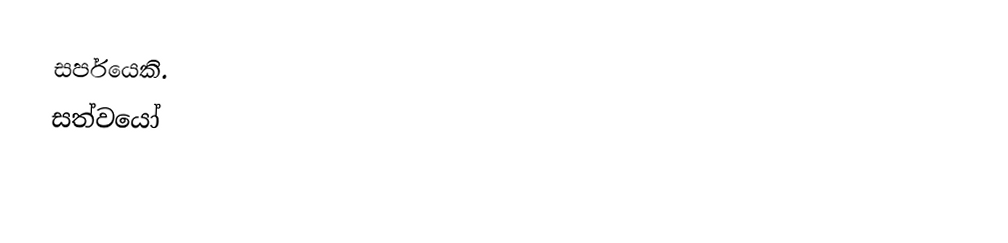
සර්පයෙකි.
සත්වයෝ